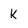
Character: k